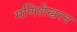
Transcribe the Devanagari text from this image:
मणिशेखरन